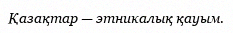
Қазақтар — этникалық қауым.